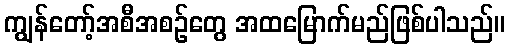
ကျွန်တော့်အစီအစဉ်တွေ အထမြောက်မည်ဖြစ်ပါသည်။